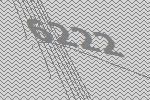
6222